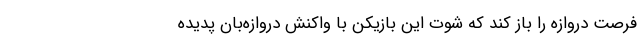
فرصت دروازه را باز کند که شوت این بازیکن با واکنش دروازه‌بان پدیده